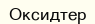
Оксидтер